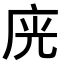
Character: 𭙛